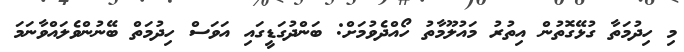
މި ހިދުމަތާ ގުޅޭގޮތުން އިތުރު މައުލޫމާތު ހޯއްދެވުމަށް: ބަންދުގަޑީގައި އަވަސް ހިދުމަތް ބޭނުންވެލައްވާނަމަ